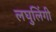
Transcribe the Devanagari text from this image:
लघुलिंगी